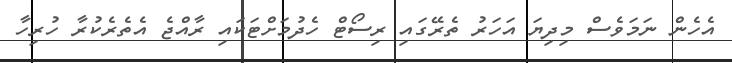
އެހެން ނަމަވެސް މިދިޔަ އަހަރު ތެރޭގައި ރިސޯޓް ހެދުމަށްޓަކައި ރާއްޖެ އެތެރެކުރާ ހުރިހާ